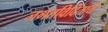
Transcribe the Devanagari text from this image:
जगतविदिताये